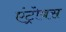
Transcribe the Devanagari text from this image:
एंट्रोबस